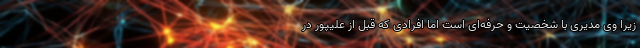
زیرا وی مدیری با شخصیت و حرفه‌ای است اما افرادی که قبل از علیپور در